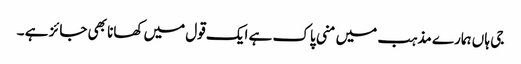
جی ہا ں ہمارے مذہب میں منی پاک ہے ایک قول میں کھانا بھی جائز ہے ۔